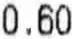
0.60